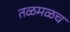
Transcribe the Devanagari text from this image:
तळमळच